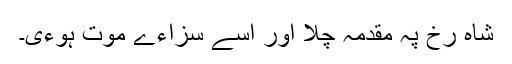
شاہ رخ پہ مقدمہ چلا اور اسے سزاءے موت ہوءی۔